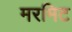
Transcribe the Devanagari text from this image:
मरमिट